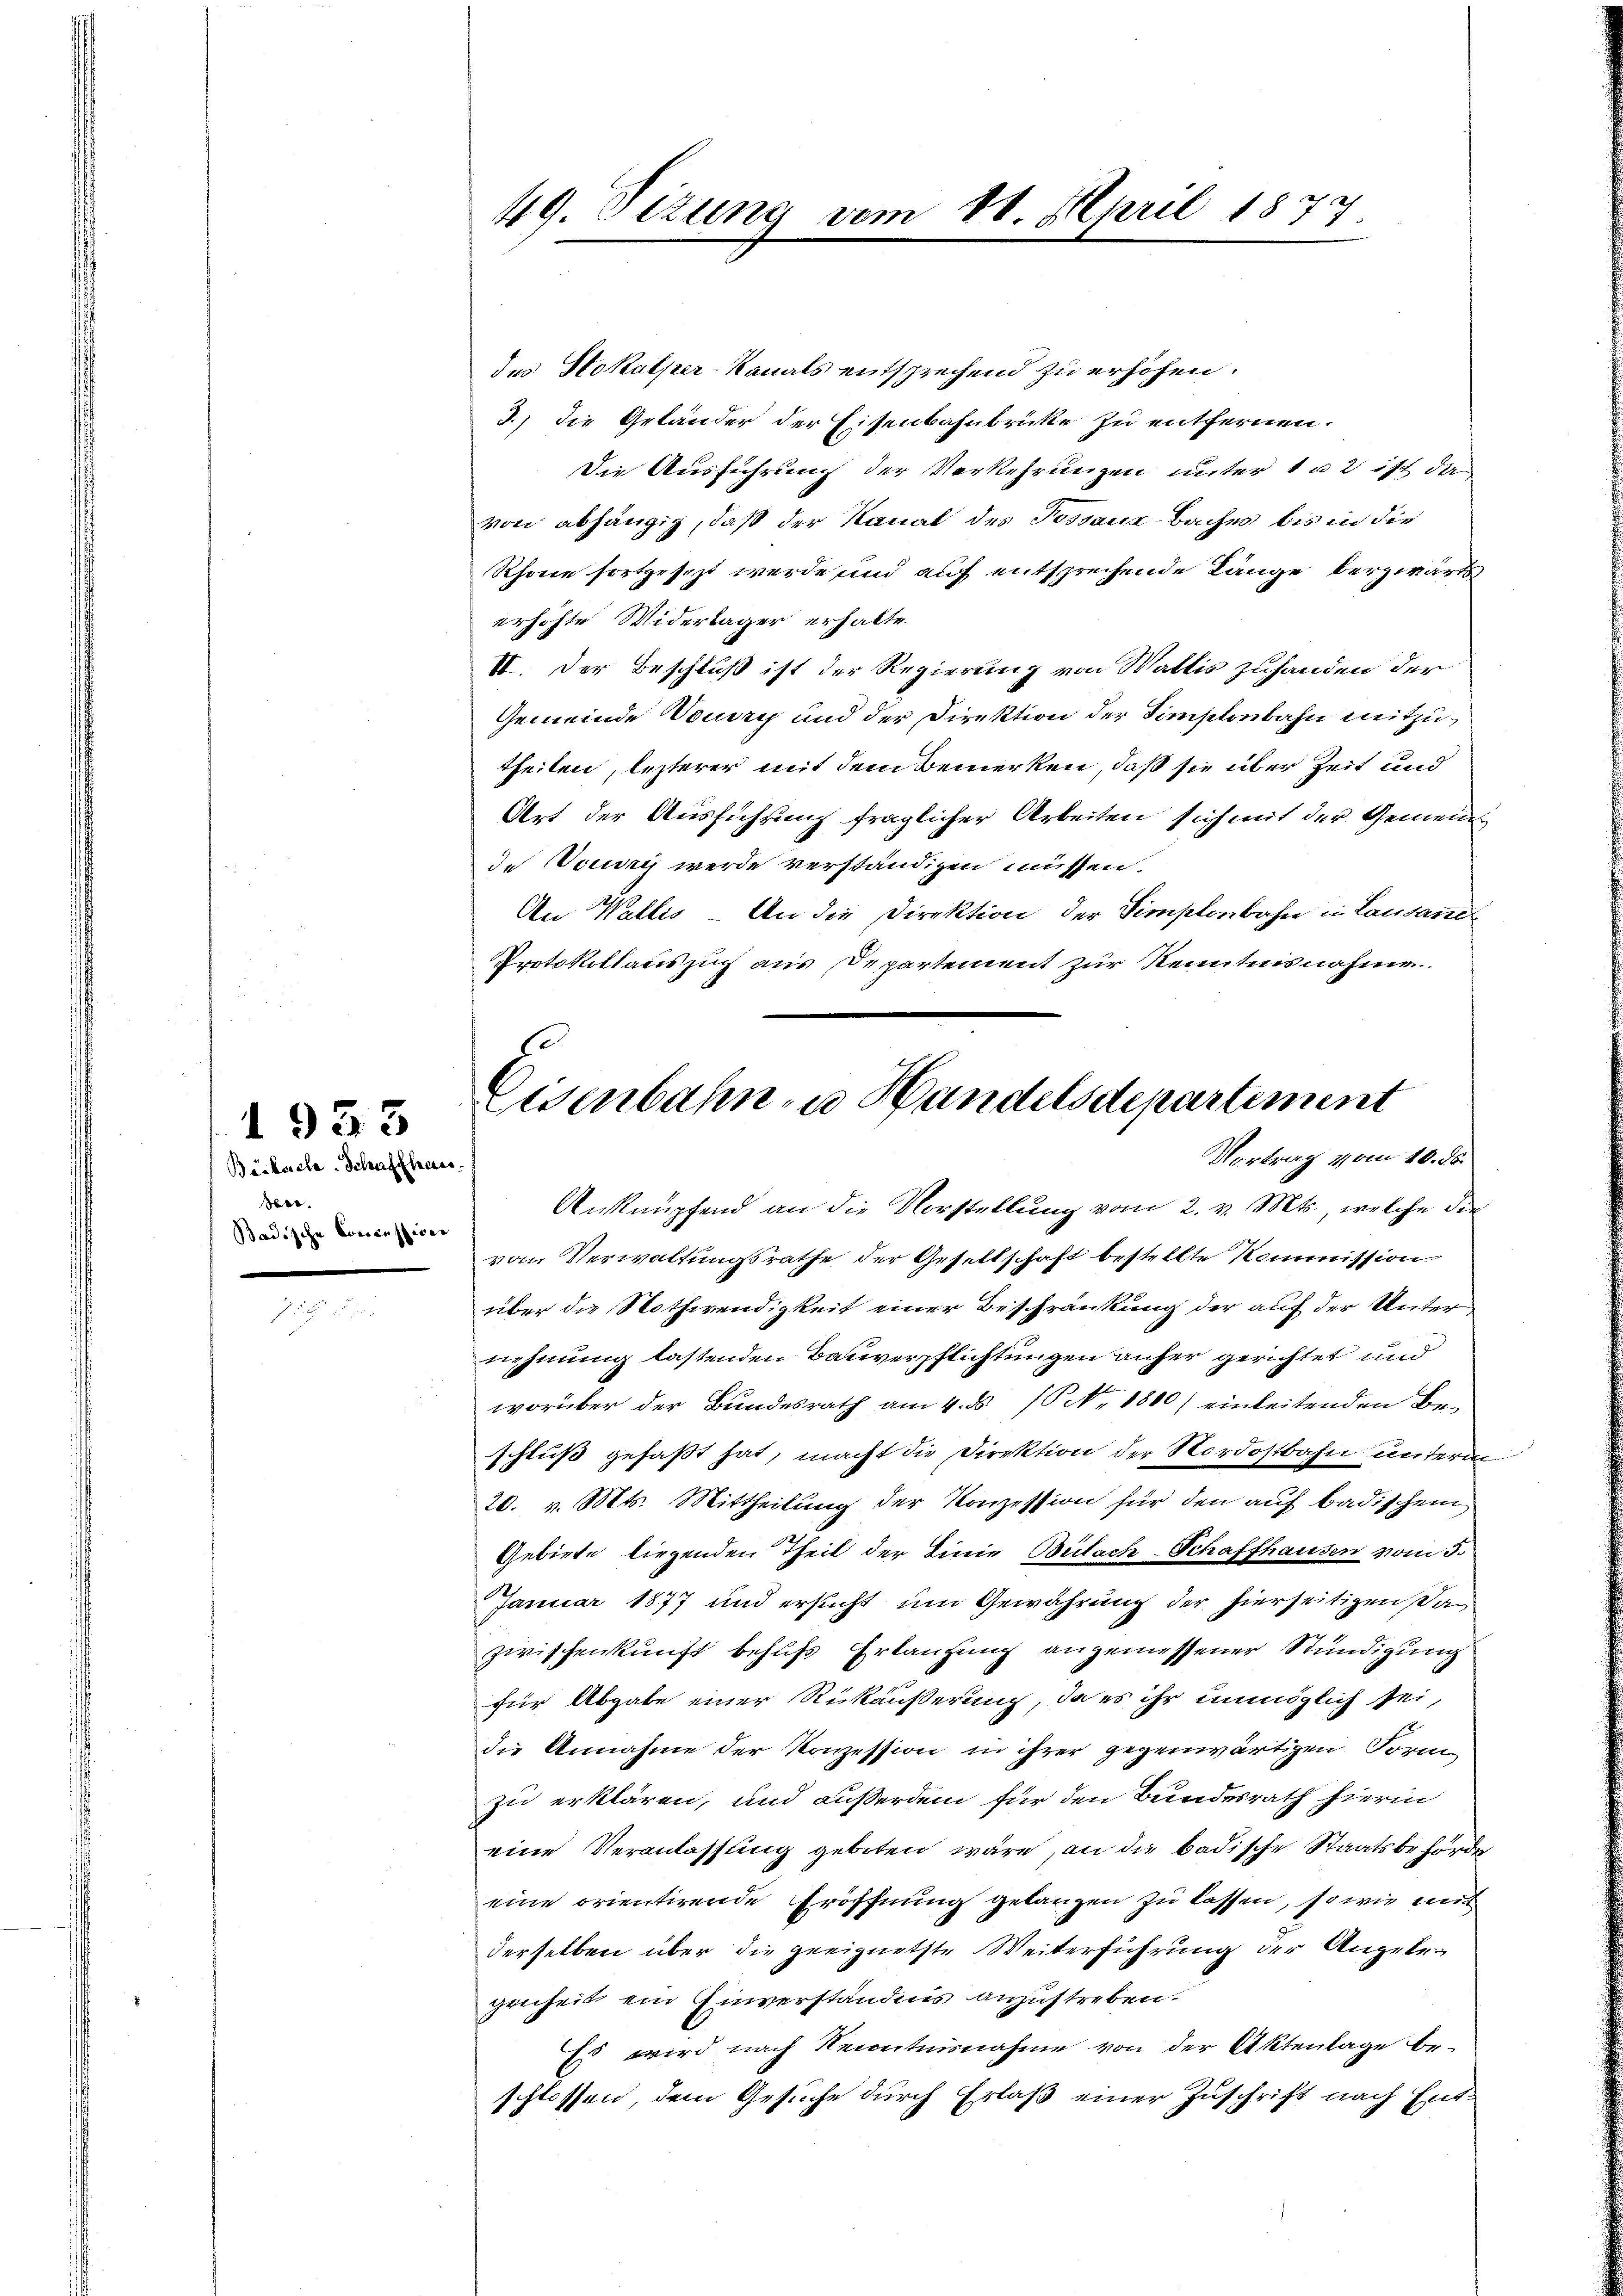
Böckache. Schaffhaus.
er
Badische Concessiver

1933

des Stokalper-Kanals entsprechend zu erhöhen.
3.) Die Geländer der Eisenbahnbrücke zu entfernen.
Die Ausführung der Verkehrungen unter 1 u 2 ist da
von abhängig, daß der Kanal des Tessauz-Baches bis in der
Rhone fortgesezt werde und auf entsprechende Länge berzwärts
erhöhte Widertager erhalte.
II. Der Beschluß ist der Regierung von Wattis zuhanden der
Gemeinde Vouvry und der Direktion der Simplonbahn mitzutheilen, lezterer mit dem Bemerken, daß sie über Zeit und
Art der Ausführung fraglicher Arbeiten sich mit der Gemeinde Jecuris werde verständigen müssen.
An Wallis - An die Direktion der Simplonbahn in Lausane
Protokollauszug aus Departement zur Kenntnisnahme
vom Verwaltungsrathe der Gesellschaft bestellte Kommission
über die Nothwendigkeit einer Beschränkung der auf der Unternehmung lastenden Bauverpflichtungen anher gerichtet und
worüber der Bundesrath am 4. ds. (P.Nr. 1800) einleitenden Beschluß gefaßt hat, macht die Direktion der Nordostbahn unterm
20. v. Mts. Mittheilung der Konzession für den auf badischem
Gebirte liegenden Theil der Linie Bülach–Schaffhausen vom 3.
Januar 1877 und ersucht um Gewährung der hierseitigen sa
zwischenkunft behufs Erlaufung angemessener Stündigung
für Abgabe einer Rückäußerung, da es ihr unmöglich sei,
die Annahme der Konzession in ihrer gegenwärtigen Form
zu erklären, und außerdem für den Bundesrath hierin
eine Veranlassung geboten wäre, an die badische Staatsbehörde
eine orientirende Eröffnung gelangen zu lassen, so wie mit
derselben über die geeignetste Weiterführung der Angelegenheit ein Einverständnis anzustreben.
Es wird nach Kenntnisnahme von der Aktenlage be-
schlossen dem Gesuche durch Erlaß einer Zuschrift nach Ent-

49. Sizung vom 18. April 1877.

.
Eisenbahn zu Handelsdepartement
Vortrag vom 10. ds.
Anknüpfend an die Vorstellung vom 2. v. Mts., welche die